Report of the Municipal Commissioner on the plague in Bombay for the year ending 31st May... - Volume 3
Disease focus: Plague
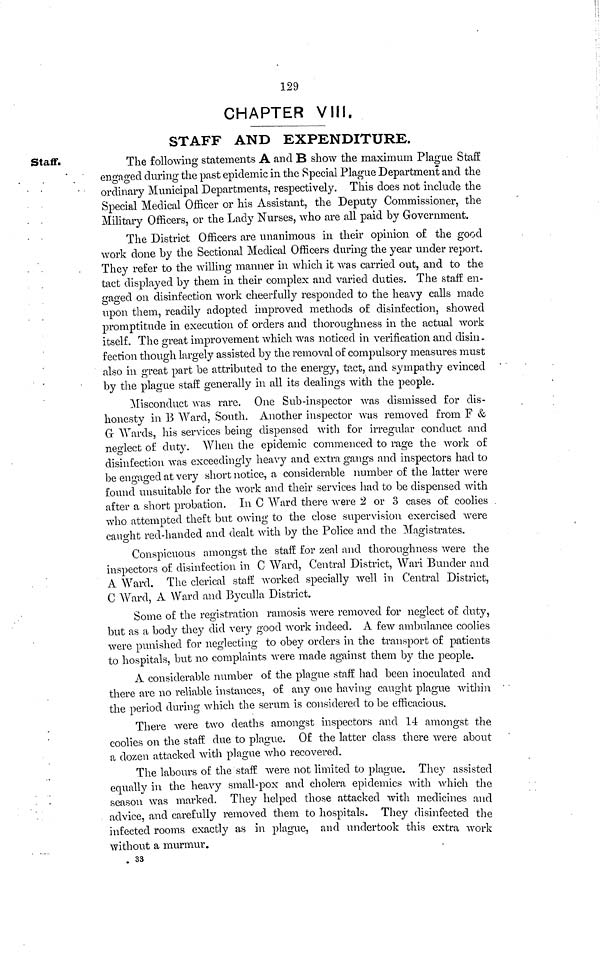
129
CHAPTER VIII.
STAFF AND EXPENDITURE.
Staff.
The following statements A and B show the maximum Plague Staff
engaged during the past epidemic in the Special Plague Department and the
ordinary Municipal Departments, respectively. This does not include the
Special Medical Officer or his Assistant, the Deputy Commissioner, the
Military Officers, or the Lady Nurses, who are all paid by Government.
The District Officers are unanimous in their opinion of the good
Avork done by the Sectional Medical Officers during the year under report.
They refer to the willing manner in which it was carried out, and to the
tact displayed by them in their complex and varied duties. The staff en-
gaged on disinfection work cheerfully responded to the heavy calls made
upon them, readily adopted improved methods of disinfection, showed
promptitude in execution of orders and thoroughness in the actual work
itself. The great improvement which was noticed in verification and disin-
fection though largely assisted by the removal of compulsory measures must
also in great part be attributed to the energy, tact, and sympathy evinced
by the plague staff generally in all its dealings with the people.
Misconduct was rare. One Sub-inspector was dismissed for dis-
honesty in B Ward, South. Another inspector Avas removed from F &
G Wards, his services being dispensed with for irregular conduct and
neglect of duty. When the epidemic commenced to rage the work of
disinfection Avas exceedingly heavy and extra gangs and inspectors had to
be engaged at very short notice, a considerable number of the latter Avère
found unsuitable for the Avork and their services had to be dispensed with
after a short probation. In C Ward there Avère 2 or 3 cases of coolies .
who attempted theft but owing to the close supervision exercised were
caught red-handed and dealt with by the Police and the Magistrates.
Conspicuous amongst the staff for zeal and thoroughness were the
inspectors of disinfection in C Ward, Central District, Wari Bunder and
A Ward. The clerical staff worked specially well in Central District,
C Ward, A Ward and Byculla District.
Some of the registration ramosis were removed for neglect of duty,
but as a body they did very good work indeed. A feAV ambulance coolies
were punished for neglecting to obey orders in the transport of patients
to hospitals, but no complaints were made against them by the people.
A considerable number of the plague staff had been inoculated and
there are no reliable instances, of any one having caught plague within '
the period during which the serum is considered to be efficacious.
There were two deaths amongst inspectors and 14 amongst the
coolies 011 the staff due to plague. Of the latter class there were about
a dozen attacked with plague who recovered.
The labours of the staff were not limited to plague. They assisted
equally in the heavy small-pox and cholera epidemics with which the
season Avas marked. They helped those attacked with medicines and
advice, and carefully removed them to hospitals. They disinfected the
infected rooms exactly as in plague, and undertook this extra work
without a murmur.
. 33